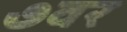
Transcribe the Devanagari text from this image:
७वर